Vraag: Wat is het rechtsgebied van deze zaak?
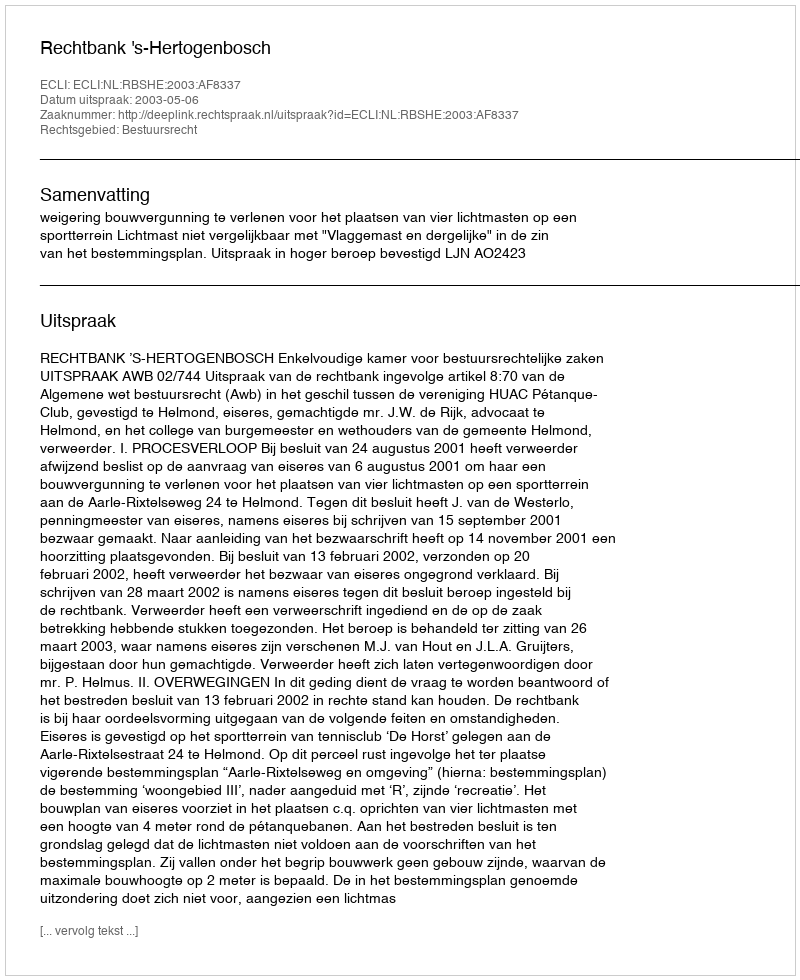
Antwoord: Bestuursrecht